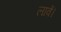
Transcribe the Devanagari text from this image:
लावें।